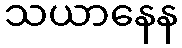
သယာနေန